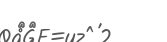
٤٠